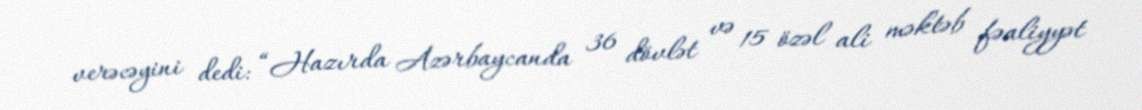
verəcəyini dedi: “Hazırda Azərbaycanda 36 dövlət və 15 özəl ali məktəb fəaliyyət